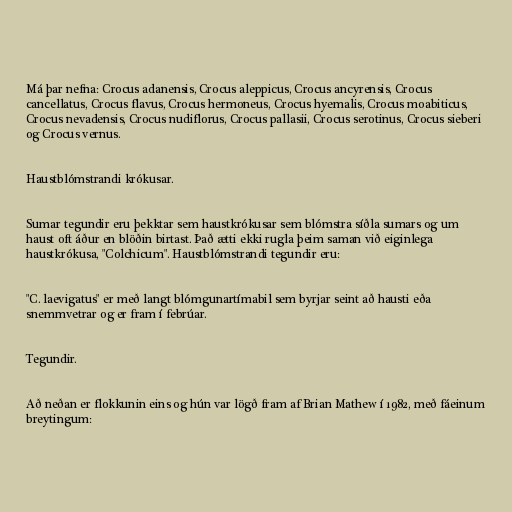
Má þar nefna: Crocus adanensis, Crocus aleppicus, Crocus ancyrensis, Crocus
cancellatus, Crocus flavus, Crocus hermoneus, Crocus hyemalis, Crocus moabiticus,
Crocus nevadensis, Crocus nudiflorus, Crocus pallasii, Crocus serotinus, Crocus sieberi
og Crocus vernus.

Haustblómstrandi krókusar.

Sumar tegundir eru þekktar sem haustkrókusar sem blómstra síðla sumars og um
haust oft áður en blöðin birtast. Það ætti ekki rugla þeim saman við eiginlega
haustkrókusa, "Colchicum". Haustblómstrandi tegundir eru:

"C. laevigatus" er með langt blómgunartímabil sem byrjar seint að hausti eða
snemmvetrar og er fram í febrúar.

Tegundir.

Að neðan er flokkunin eins og hún var lögð fram af Brian Mathew í 1982, með fáeinum
breytingum: